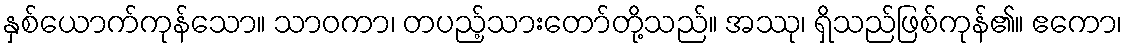
နှစ်ယောက်ကုန်သော။ သာဝကာ၊ တပည့်သားတော်တို့သည်။ အဿု၊ ရှိသည်ဖြစ်ကုန်၏။ ဧကော၊